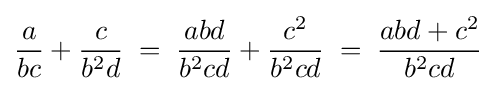
{\frac {a}{bc}}+{\frac {c}{b^{2}d}}\;=\;{\frac {abd}{b^{2}cd}}+{\frac {c^{2}}{b^{2}cd}}\;=\;{\frac {abd+c^{2}}{b^{2}cd}}